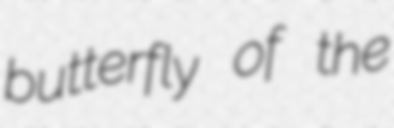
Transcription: butterfly of the